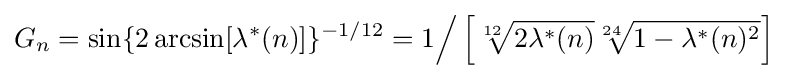
G_{n}=\sin\{2\arcsin[\lambda ^{*}(n)]\}^{-1/12}=1{\Big /}\left[{\sqrt[{12}]{2\lambda ^{*}(n)}}{\sqrt[{24}]{1-\lambda ^{*}(n)^{2}}}\right]